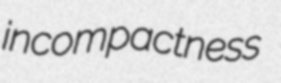
incompactness